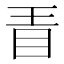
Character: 𣅨